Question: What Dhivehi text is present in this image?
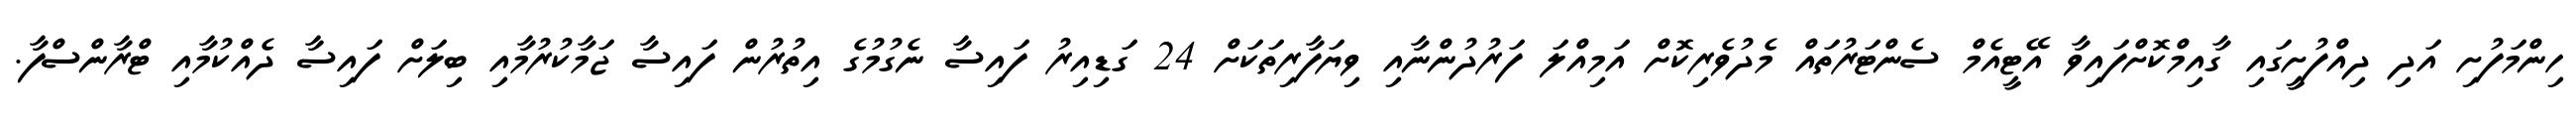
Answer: ހިންމަފުށި އަދި ދިއްފުށީގައި ގާއިމްކޮށްފައިވާ އޭޓީއެމް ސެންޓަރުތައް މެދުވެރިކޮށް އަމިއްލަ ފަރުދުންނާއި ވިޔަފާރިތަކަށް 24 ގަޑިއިރު ފައިސާ ނެގުމުގެ އިތުރުން ފައިސާ ޖަމާކުރުމާއި ބިލަށް ފައިސާ ދެއްކުމާއި ޓްރާންސްފާ.